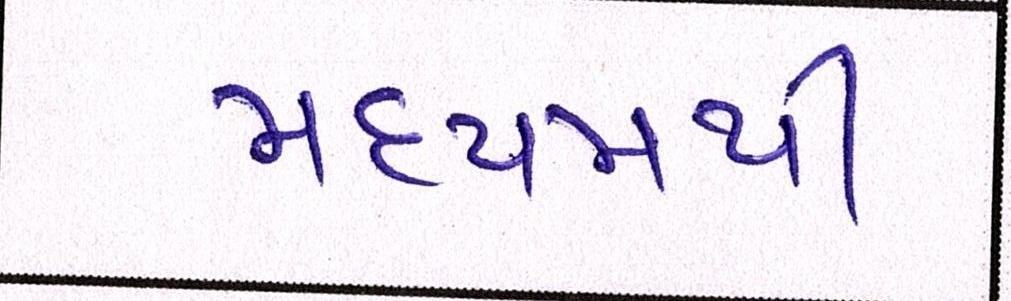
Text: મધ્યમથી